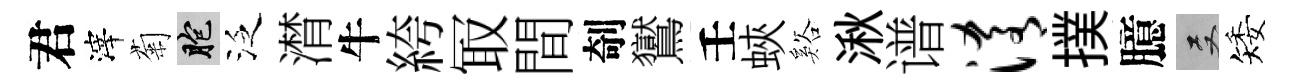
君滓菊胞泛潸牛絝冣間剞鸑壬蛺谿湫谱淆撲臆双矮